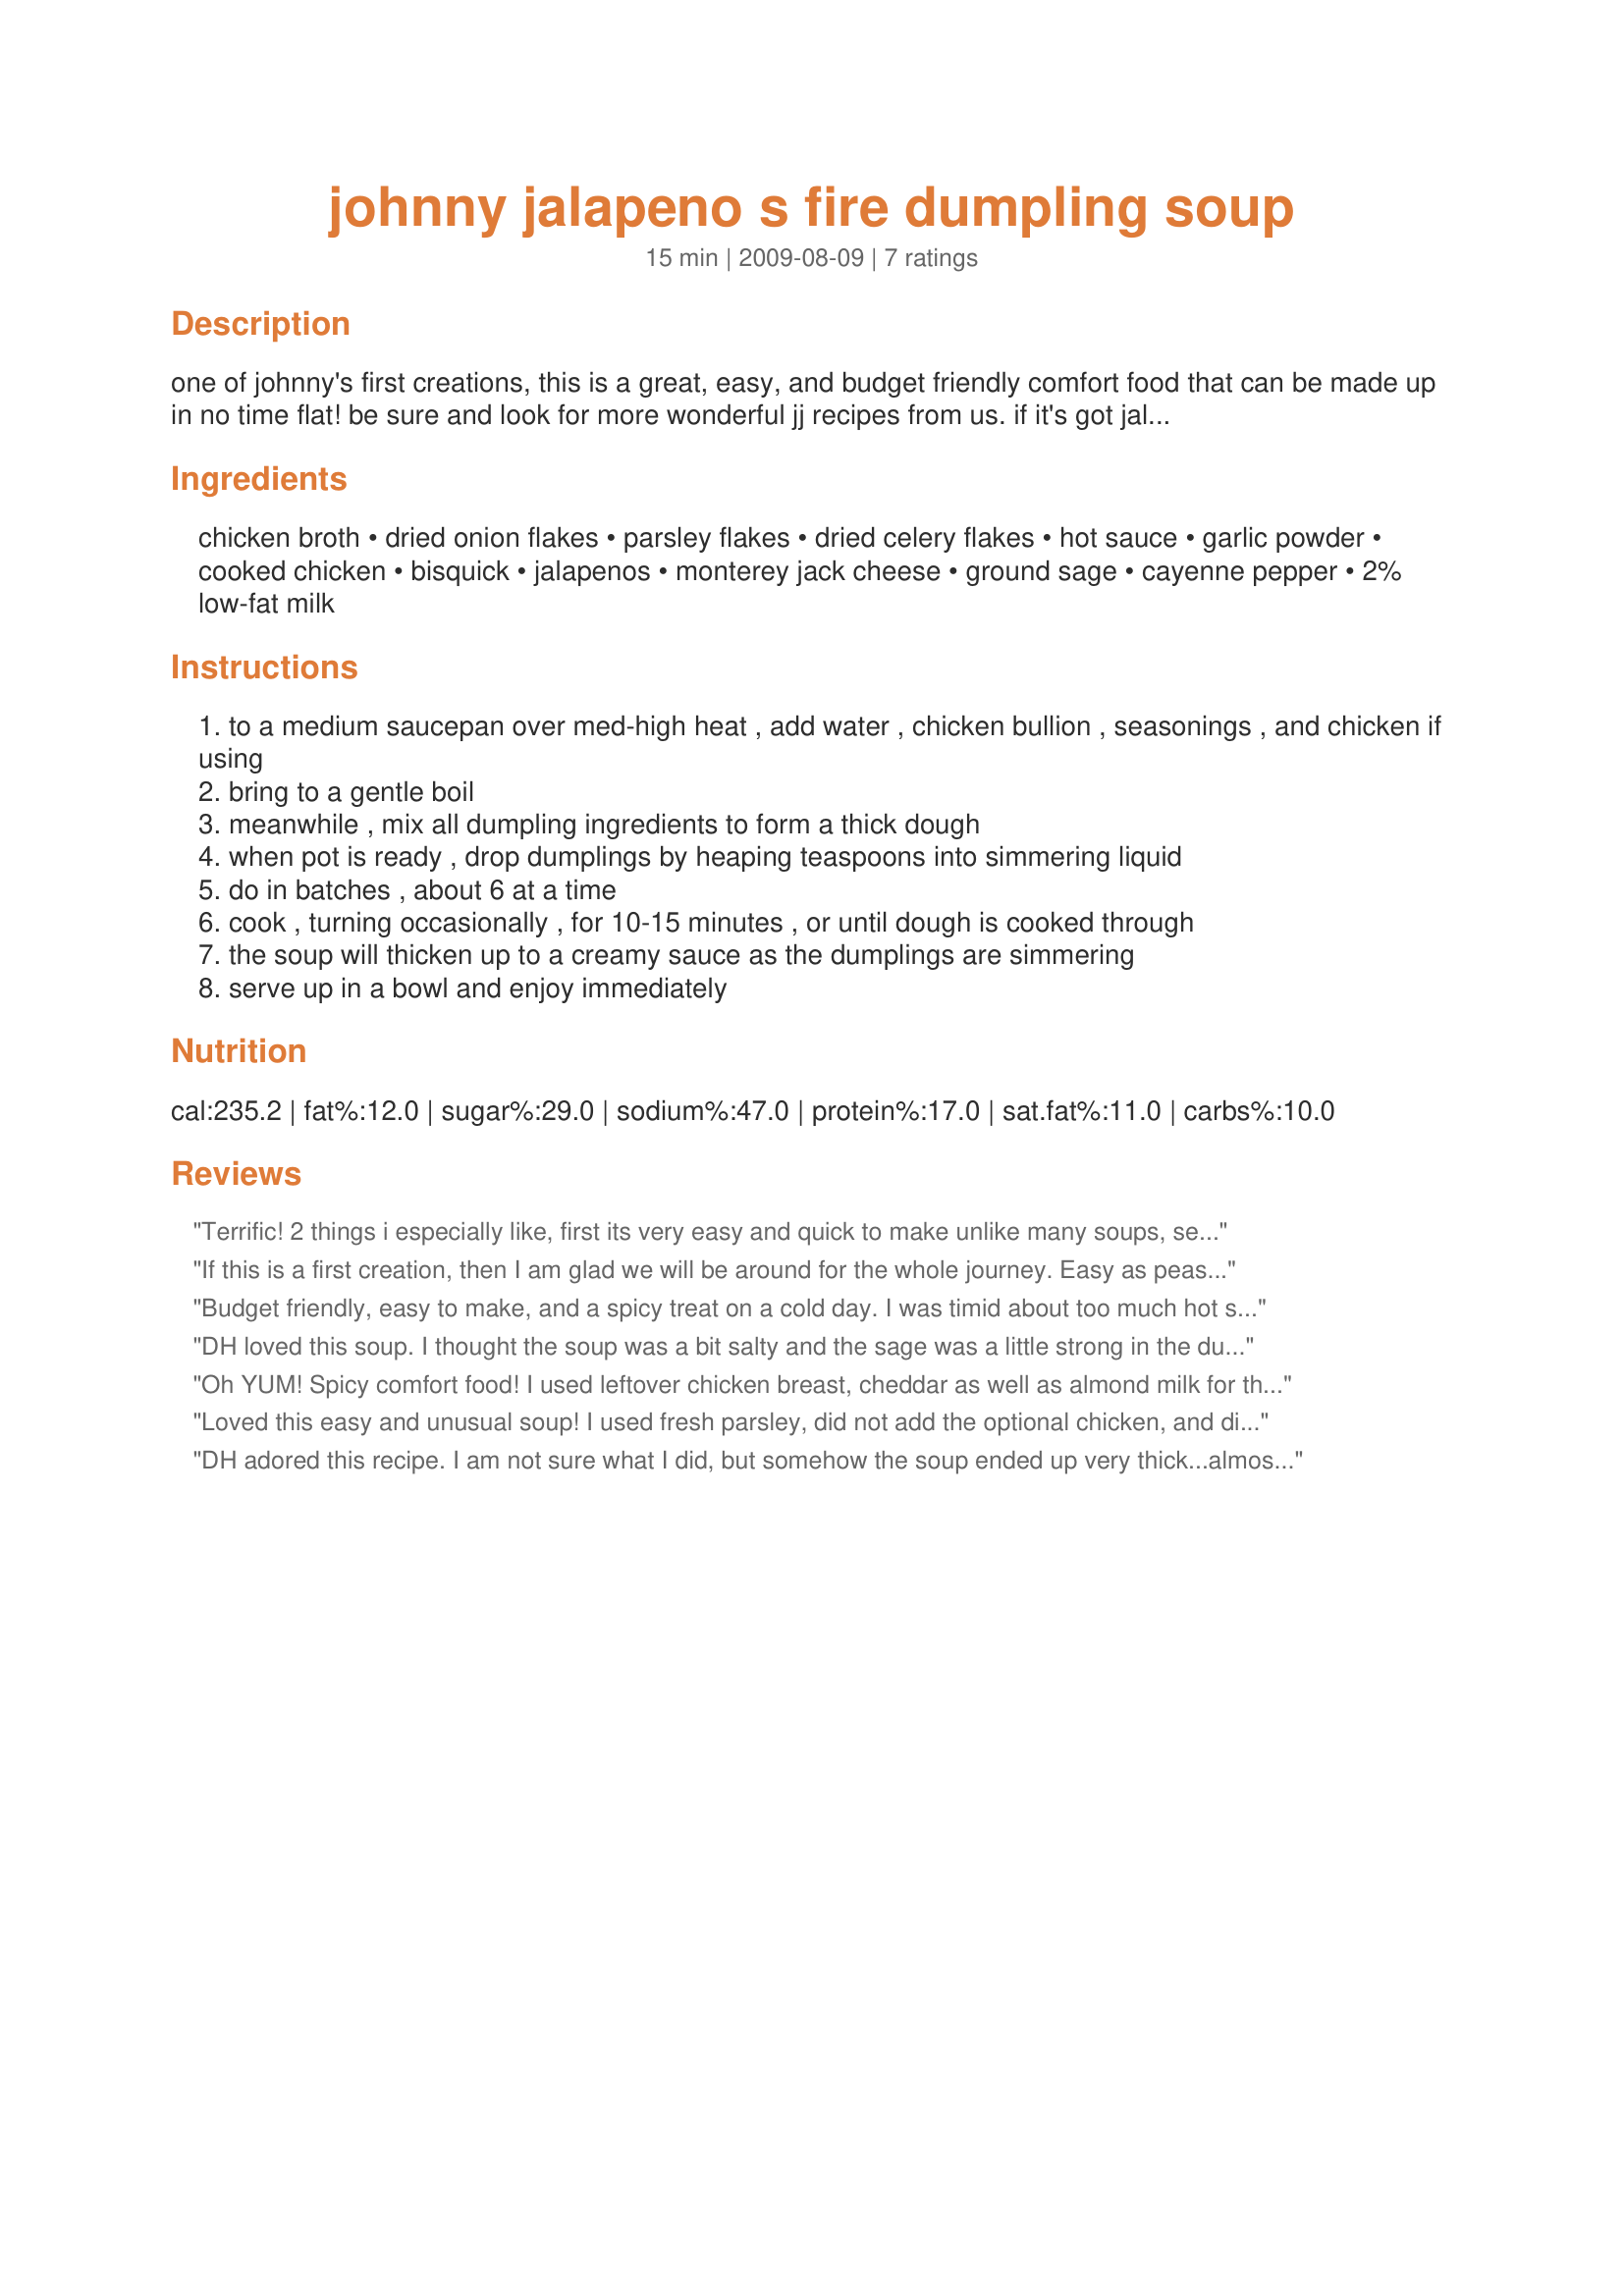
johnny jalapeno s fire dumpling soup
Preparation time: 15 minutes

one of johnny's first creations, this is a great, easy, and budget friendly comfort food that can be made up in no time flat! be sure and look for more wonderful jj recipes from us. if it's got jalapenos, it's johnny jalapeno!

Ingredients:
chicken broth, dried onion flakes, parsley flakes, dried celery flakes, hot sauce, garlic powder, cooked chicken, bisquick, jalapenos, monterey jack cheese, ground sage, cayenne pepper, 2% low-fat milk

Steps:
to a medium saucepan over med-high heat , add water , chicken bullion , seasonings , and chicken if using
bring to a gentle boil
meanwhile , mix all dumpling ingredients to form a thick dough
when pot is ready , drop dumplings by heaping teaspoons into simmering liquid
do in batches , about 6 at a time
cook , turning occasionally , for 10-15 minutes , or until dough is cooked through
the soup will thicken up to a creamy sauce as the dumplings are simmering
serve up in a bowl and enjoy immediately

Reviews:
Terrific! 2 things i especially like, first its very easy and quick to make unlike many soups, secondly the dumplings have such flavor that they are worth eating soup for :)
If this is a first creation, then I am glad we will be around for the whole journey. Easy as peasy, and so darn good, really not "fire" at all, but a nice "kick" that was complimentary to the soup. I did add the optional cheese to the dumpling which just rounded out the whole taste sensation. Out of the corner of my eye, I noticed that I had 3 cobs of fresh corn sitting shyly in the corner of the kitchen counter, that I had just harvested from our field today. I was tempted to throw a small handful of corn right into the soup, and decided to go for it. (I am not over fond of changing recipes), but sometimes in the magic of my kitchen the other vegetables (that are also being processed) think they should be included in the main event. I told them they could used if they were..."Very, VERY, quiet." and they were. A nice delicious little did-bit of a bit but not needed what so ever. I had everything on hand so this made it even nicer if that was possible. Great soup, and great taste! One that will stay in my recipe box for a long time. Made for *Everyday is a Holiday* tag game August 2009
Budget friendly, easy to make, and a spicy treat on a cold day. I was timid about too much hot sauce in the broth so decided to only use half thinking we could always spike it up if needed at the table. I also seeded the jalapenos. Otherwise I followed the recipe. The dumplings were the star of the show. We liked the combination of jalapenos, cheddar, and sage. I did have to add another cup of broth as the dumplings were cooking to keep them from sticking, but the soup ended up nicely thick. Next time I will add the cooked chicken and top with cilantro. Yum!
Thank you for sharing the recipe!
Made for For Your Consideration Tag at Food, Friends, &amp; Fun.
DH loved this soup. I thought the soup was a bit salty and the sage was a little strong in the dumplings. Loved the kick from the jalapeno and the hot sauce. Also, This makes a ton of dumplings, but not enough soup. Maybe I was just expecting something a little different. I would have liked more broth. I know I'll make it again with just a couple changes. Thanks for posting.
Oh YUM! Spicy comfort food! I used leftover chicken breast, cheddar as well as almond milk for the dumplings. Really liked this and will make it often in the future. Not sure the chicken is needed though- flavorful with or without.... Thank you!
Loved this easy and unusual soup! I used fresh parsley, did not add the optional chicken, and did add the optional cheese in the dumplings. The soup and dumplings were a great pair, both spicy but in different ways. The cooking of the dumplings made a creamy and satisfying soup. Thanks for sharing your recipe!
DH adored this recipe. I am not sure what I did, but somehow the soup ended up very thick...almost a cream of jalapeno soup instead. I will be making this again and again, though, because it was super delicious.
